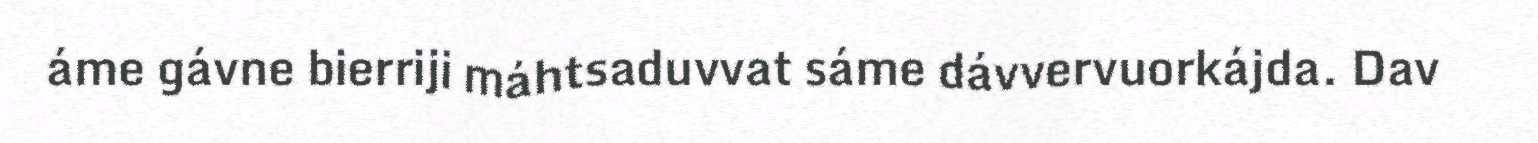
áme gávne bierriji máhtsaduvvat sáme dávvervuorkájda. Dav